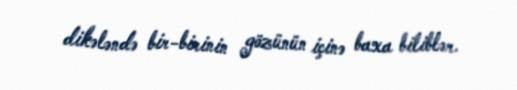
dikələndə bir-birinin gözünün içinə baxa biliblər.